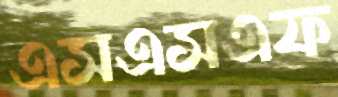
এসএসএফ